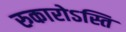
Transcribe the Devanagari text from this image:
रुकारोऽस्ति